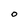
Character: O